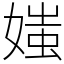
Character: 媸